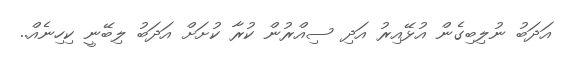
އަދަބު ނުލިބިގެން އުޅޭއިރު އަދި ސިއްރުން ކުރާ ކުށަށް އަދަބު ލިބޭނީ ކިހިނެއް..